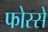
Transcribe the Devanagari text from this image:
फोस्से